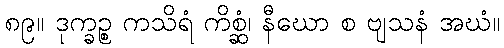
၈၉။ ဒုက္ခဉ္စ ကသိရံ ကိစ္ဆံ၊ နီဃော စ ဗျသနံ အဃံ။